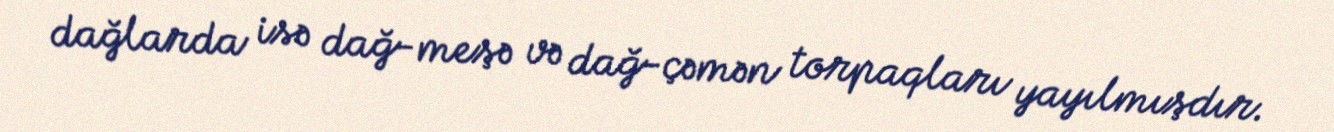
dağlarda isə dağ-meşə və dağ-çəmən torpaqları yayılmışdır.